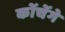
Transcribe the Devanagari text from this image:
कोंचेंगे